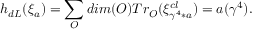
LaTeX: h _ { d L } ( \xi _ { a } ) = \sum _ { O } d i m ( O ) T r _ { O } ( \xi _ { \gamma ^ { 4 } * a } ^ { c l } ) = a ( \gamma ^ { 4 } ) .